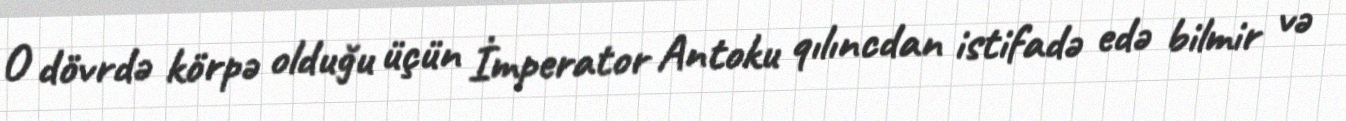
O dövrdə körpə olduğu üçün İmperator Antoku qılıncdan istifadə edə bilmir və